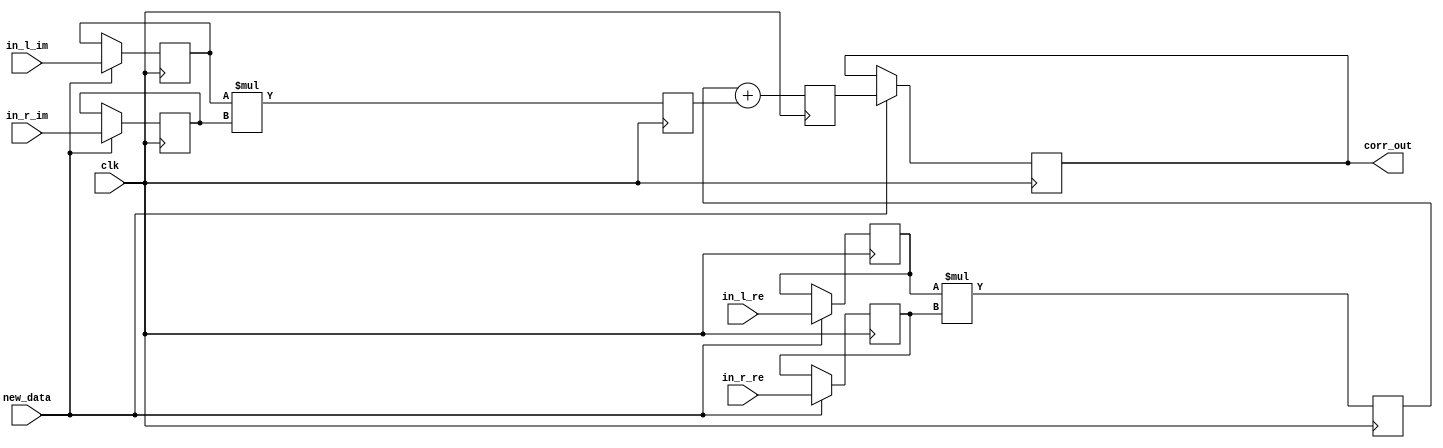

module corr_seq (clk, new_data, in_l_re, in_l_im, in_r_re, in_r_im, corr_out);

    parameter sh_reg_w  = 4'b1000;
    input clk; 
    input new_data; 
    input[sh_reg_w - 1:0] in_l_re; 
    input[sh_reg_w - 1:0] in_l_im; 
    input[sh_reg_w - 1:0] in_r_re; 
    input[sh_reg_w - 1:0] in_r_im; 
    output[2 * sh_reg_w - 1:0] corr_out; 
    reg[2 * sh_reg_w - 1:0] corr_out;
    reg[sh_reg_w - 1:0] in_l_re_reg; 
    reg[sh_reg_w - 1:0] in_l_im_reg; 
    reg[sh_reg_w - 1:0] in_r_re_reg; 
    reg[sh_reg_w - 1:0] in_r_im_reg; 
    reg[2 * sh_reg_w - 1:0] lrexrre_reg; 
    reg[2 * sh_reg_w - 1:0] limxrim_reg; 
    reg[2 * sh_reg_w - 1:0] corr_out_tmp; 

    always @(posedge clk)
    begin
          if (new_data == 1'b1)
          begin
             in_l_re_reg <= in_l_re ; 
             in_l_im_reg <= in_l_im ; 
             in_r_re_reg <= in_r_re ; 
             in_r_im_reg <= in_r_im ; 
             corr_out <= corr_out_tmp ; 
          end 
          else
          begin
             in_l_re_reg <= in_l_re_reg ; 
             in_l_im_reg <= in_l_im_reg ; 
             in_r_re_reg <= in_r_re_reg ; 
             in_r_im_reg <= in_r_im_reg ; 
             corr_out <= corr_out; 
          end 
			// PAJ - replaced by me, but called mult_slow
             lrexrre_reg <= in_l_re_reg*in_r_re_reg ; 
             limxrim_reg <= in_l_im_reg*in_r_im_reg ; 
          corr_out_tmp <= lrexrre_reg + limxrim_reg ; 
    end 
 endmodule